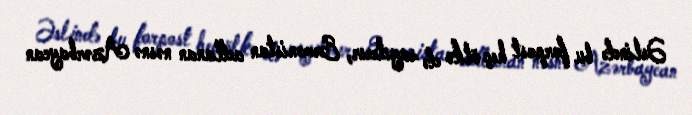
Əslində bu forpost heç ölkə də sayılmır, Ermənistan adlanan nəsnə Azərbaycan